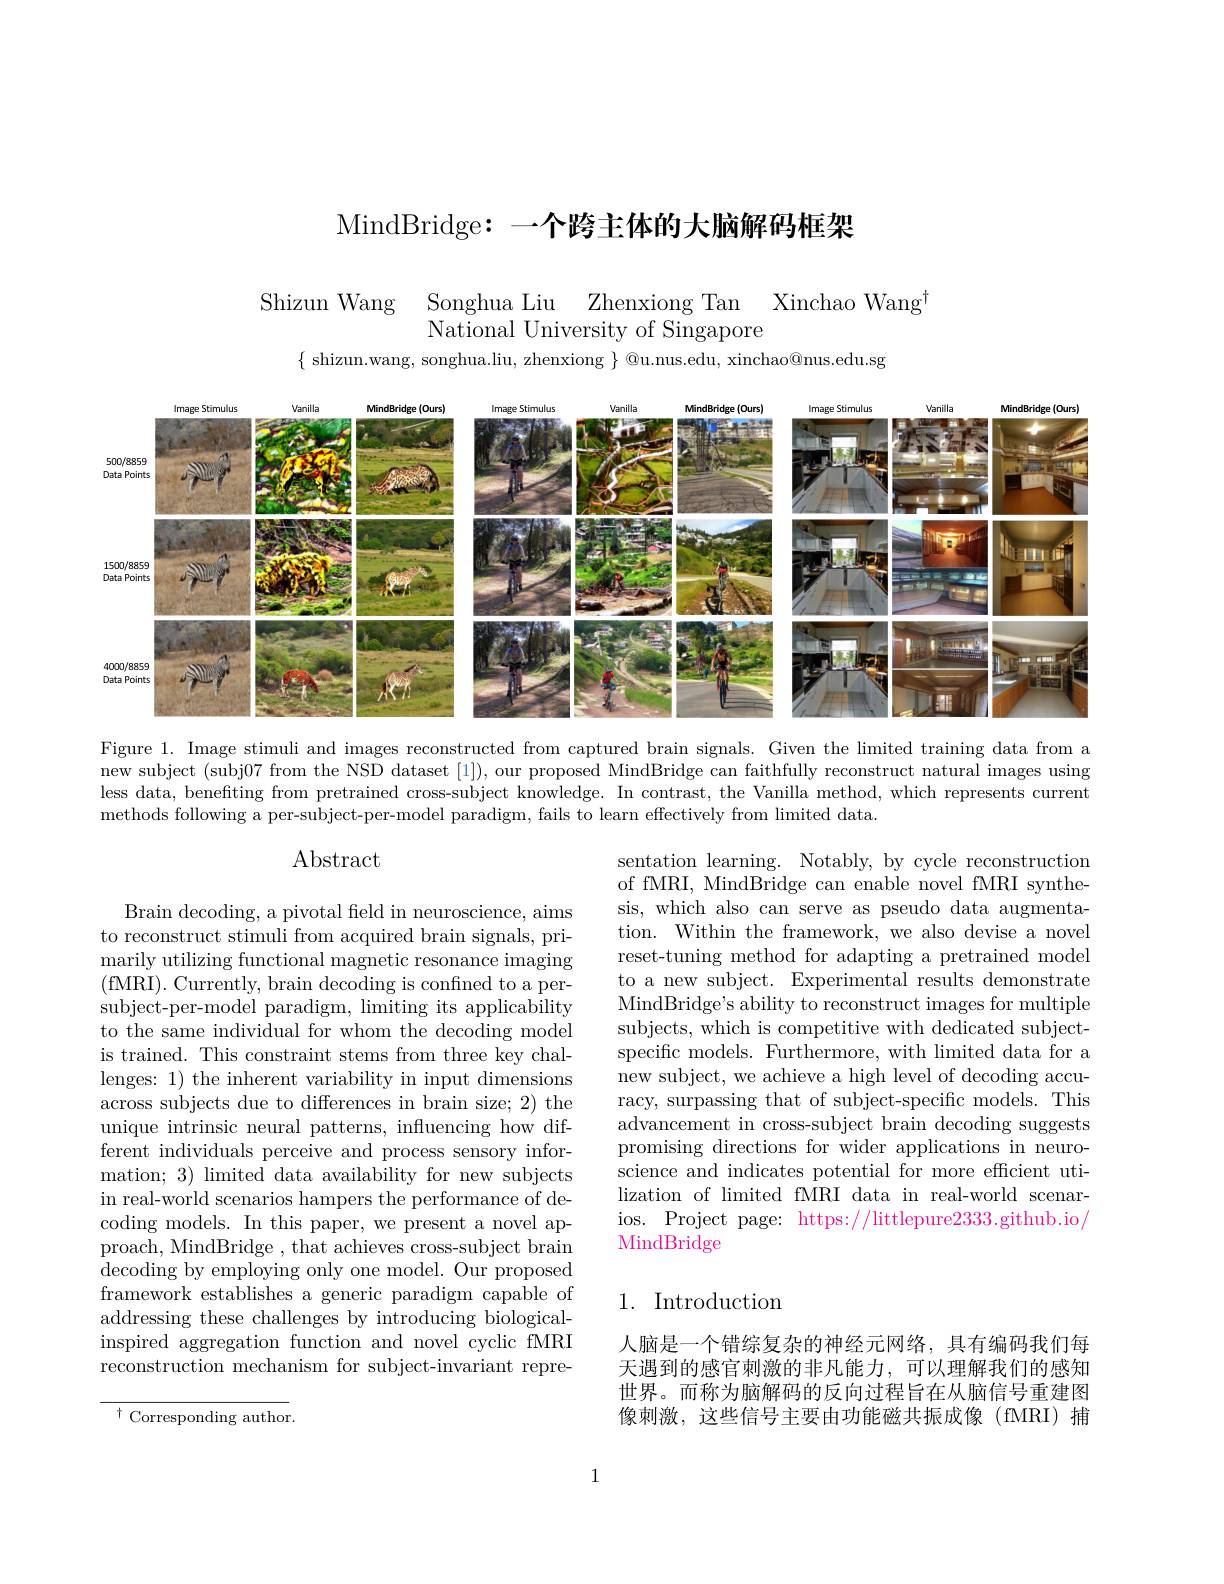
MindBridge: 一个跨主体的大脑解码框架

Shizun Wang Songhua Liu Zhenxiong Tan Xinchao Wang$^{\dagger}$
National University of Singapore
$\{$ shizun.wang, songhua.liu, zhenxiong $\}$ @u.nus.edu, xinchao@nus.edu.sg

<FigureHere>

Figure 1. Image stimuli and images reconstructed from captured brain signals. Given the limited training data from a new subject (subj07 from the NSD dataset [1]), our proposed MindBridge can faithfully reconstruct natural images using less data, benefiting from pretrained cross-subject knowledge. In contrast, the Vanilla method, which represents current methods following a per-subject-per-model paradigm, fails to learn effectively from limited data.

## Abstract

sentation learning. Notably, by cycle reconstruction of fMRI, MindBridge can enable novel fMRI synthesis, which also can serve as pseudo data augmentation. Within the framework, we also devise a novel reset-tuning method for adapting a pretrained model to a new subject. Experimental results demonstrate MindBridge's ability to reconstruct images for multiple subjects, which is competitive with dedicated subjectspecific models. Furthermore, with limited data for a new subject, we achieve a high level of decoding accu- racy, surpassing that of subject-specific models. This advancement in cross-subject brain decoding suggests promising directions for wider applications in neuroscience and indicates potential for more efficient utilization of limited fMRI data in real-world scenarios. Project page: https://littlepure2333.github.io/ MindBridge

Brain decoding, a pivotal feld in neuroscience, aims to reconstruct stimuli from acquired brain signals, primarily utilizing functional magnetic resonance imaging (fMRI). Currently, brain decoding is confined to a persubject-per-model paradigm, limiting its applicability to the same individual for whom the decoding model is trained. This constraint stems from three key challenges: 1) the inherent variability in input dimensions across subjects due to differences in brain size; 2) the unique intrinsic neural patterns, influencing how different individuals perceive and process sensory information; 3) limited data availability for new subjects in real-world scenarios hampers the performance of decoding models. In this paper, we present a novel approach, MindBridge , that achieves cross-subject brain decoding by employing only one model. Our proposed framework establishes a generic paradigm capable of addressing these challenges by introducing biologicalinspired aggregation function and novel cyclic fMRI reconstruction mechanism for subject-invariant repre-

## 1. Introduction

人脑是一个错综复杂的神经元网络，具有编码我们每天遇到的感官刺激的非凡能力，可以理解我们的感知世界。而称为脑解码的反向过程旨在从脑信号重建图像刺激，这些信号主要由功能磁共振成像(fMRI)捕

$^{\dagger}$ Corresponding author.

1